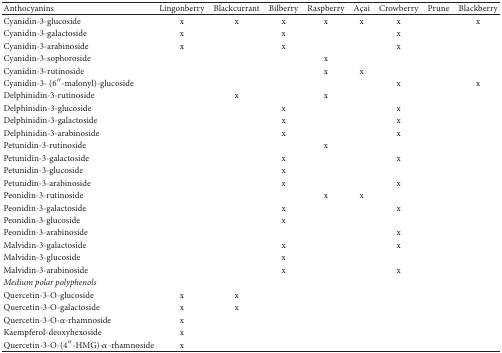
| Anthocyanins | Lingonberry | Blackcurrant | Bilberry | Raspberry | Açai | Crowberry | Prune | Blackberry |
 | --- | --- | --- | --- | --- | --- | --- | --- | --- |
 | Cyanidin-3-glucoside | x | x | x | x | x | x |  | x |
 | Cyanidin-3-galactoside | x |  | x |  |  | x |  |  |
 | Cyanidin-3-arabinoside | x |  | x |  |  | x |  |  |
 | Cyanidin-3-sophoroside |  |  |  | x |  |  |  |  |
 | Cyanidin-3-rutinoside |  |  |  | x | x |  |  |  |
 | Cyanidin-3- (6′′-malonyl)-glucoside |  |  |  |  |  | x |  | x |
 | Delphinidin-3-rutinoside |  | x |  | x |  |  |  |  |
 | Delphinidin-3-glucoside |  |  | x |  |  | x |  |  |
 | Delphinidin-3-galactoside |  |  | x |  |  | x |  |  |
 | Delphinidin-3-arabinoside |  |  | x |  |  | x |  |  |
 | Petunidin-3-rutinoside |  |  |  | x |  |  |  |  |
 | Petunidin-3-galactoside |  |  | x |  |  | x |  |  |
 | Petunidin-3-glucoside |  |  | x |  |  |  |  |  |
 | Petunidin-3-arabinoside |  |  | x |  |  | x |  |  |
 | Peonidin-3-rutinoside |  |  |  | x | x |  |  |  |
 | Peonidin-3-galactoside |  |  | x |  |  | x |  |  |
 | Peonidin-3-glucoside |  |  | x |  |  |  |  |  |
 | Peonidin-3-arabinoside |  |  |  |  |  | x |  |  |
 | Malvidin-3-galactoside |  |  | x |  |  | x |  |  |
 | Malvidin-3-glucoside |  |  | x |  |  |  |  |  |
 | Malvidin-3-arabinoside |  |  | x |  |  | x |  |  |
 | Medium polar polyphenols |  |  |  |  |  |  |  |  |
 | Quercetin-3-O-glucoside | x | x |  |  |  |  |  |  |
 | Quercetin-3-O-galactoside | x | x |  |  |  |  |  |  |
 | Quercetin-3-O-α-rhamnoside | x |  |  |  |  |  |  |  |
 | Kaempferol-deoxyhexoside | x |  |  |  |  |  |  |  |
 | Quercetin-3-O-(4′′-HMG)-α-rhamnoside | x |  |  |  |  |  |  |  |